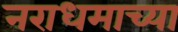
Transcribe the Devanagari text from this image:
नराधमाच्या